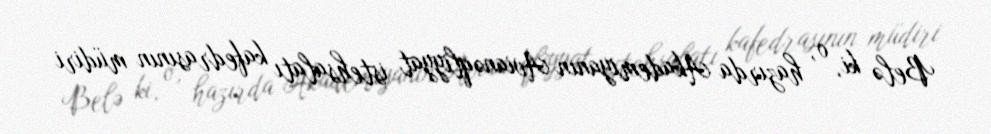
Belə ki, o, hazırda Akademiyanın Avianəqliyyat istehsalatı kafedrasının müdiri